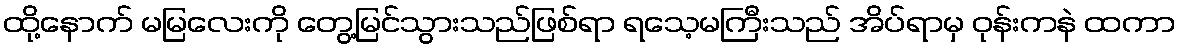
ထို့နောက် မမြလေးကို တွေ့မြင်သွားသည်ဖြစ်ရာ ရသေ့မကြီးသည် အိပ်ရာမှ ဝုန်းကနဲ ထကာ